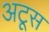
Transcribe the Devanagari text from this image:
अटूस